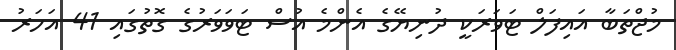
މުޖްތަބާ އައިފަލް ޓަވަރަކީ ދުނިޔޭގެ އެންމެ އުސް ޓަވަވަރުގެ ގޮތުގައި 41 އަހަރު